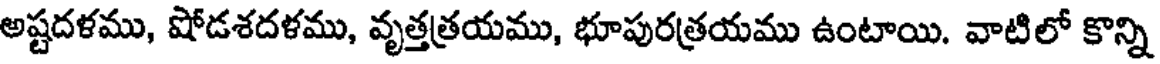
అష్టదళము, షోడశదళము, వృత్తత్రయము, భూపురత్రయము ఉంటాయి. వాటిలో కొన్ని